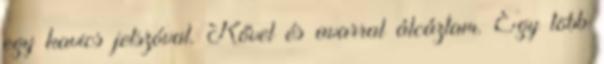
egy kavics jelszóval. Kővel és avarral álcáztam. Egy több